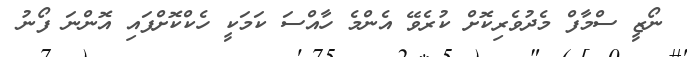
ނޯޒީ ސްމާފް މެދުވެރިކޮށް ކުރެވޭ އެންމެ ހާއްސަ ކަމަކީ ހެކްކޮށްފައި އޮންނަ ފޯނު